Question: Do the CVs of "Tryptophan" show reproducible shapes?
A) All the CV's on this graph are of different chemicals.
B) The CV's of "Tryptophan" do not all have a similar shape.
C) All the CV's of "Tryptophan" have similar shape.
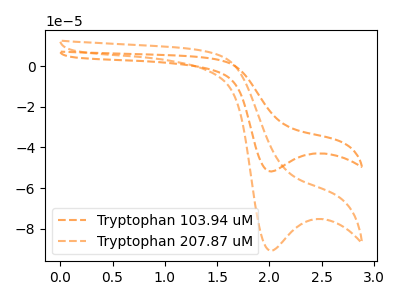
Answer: <think>The orange dashed curve "Tryptophan 103.94 uM" has a cathodic peak at: (2.00V, -51.85uA). The orange dashed curve "Tryptophan 207.87 uM" has a cathodic peak at: (2.00V, -90.90uA).
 All the peaks in "Tryptophan 103.94 uM" have a peak in "Tryptophan 207.87 uM" at the same potential. Every peak in "Tryptophan 103.94 uM" is lower than every peak in "Tryptophan 207.87 uM".</think>
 <answer>C) All the CV's of "Tryptophan" have similar shape.</answer>
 <eval>C</eval>